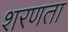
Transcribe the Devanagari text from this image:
शरणता